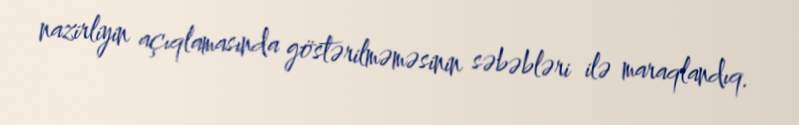
nazirliyin açıqlamasında göstərilməməsinin səbəbləri ilə maraqlandıq.